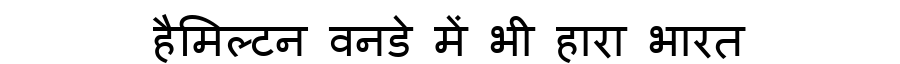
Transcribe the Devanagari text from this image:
हैमिल्टन वनडे में भी हारा भारत